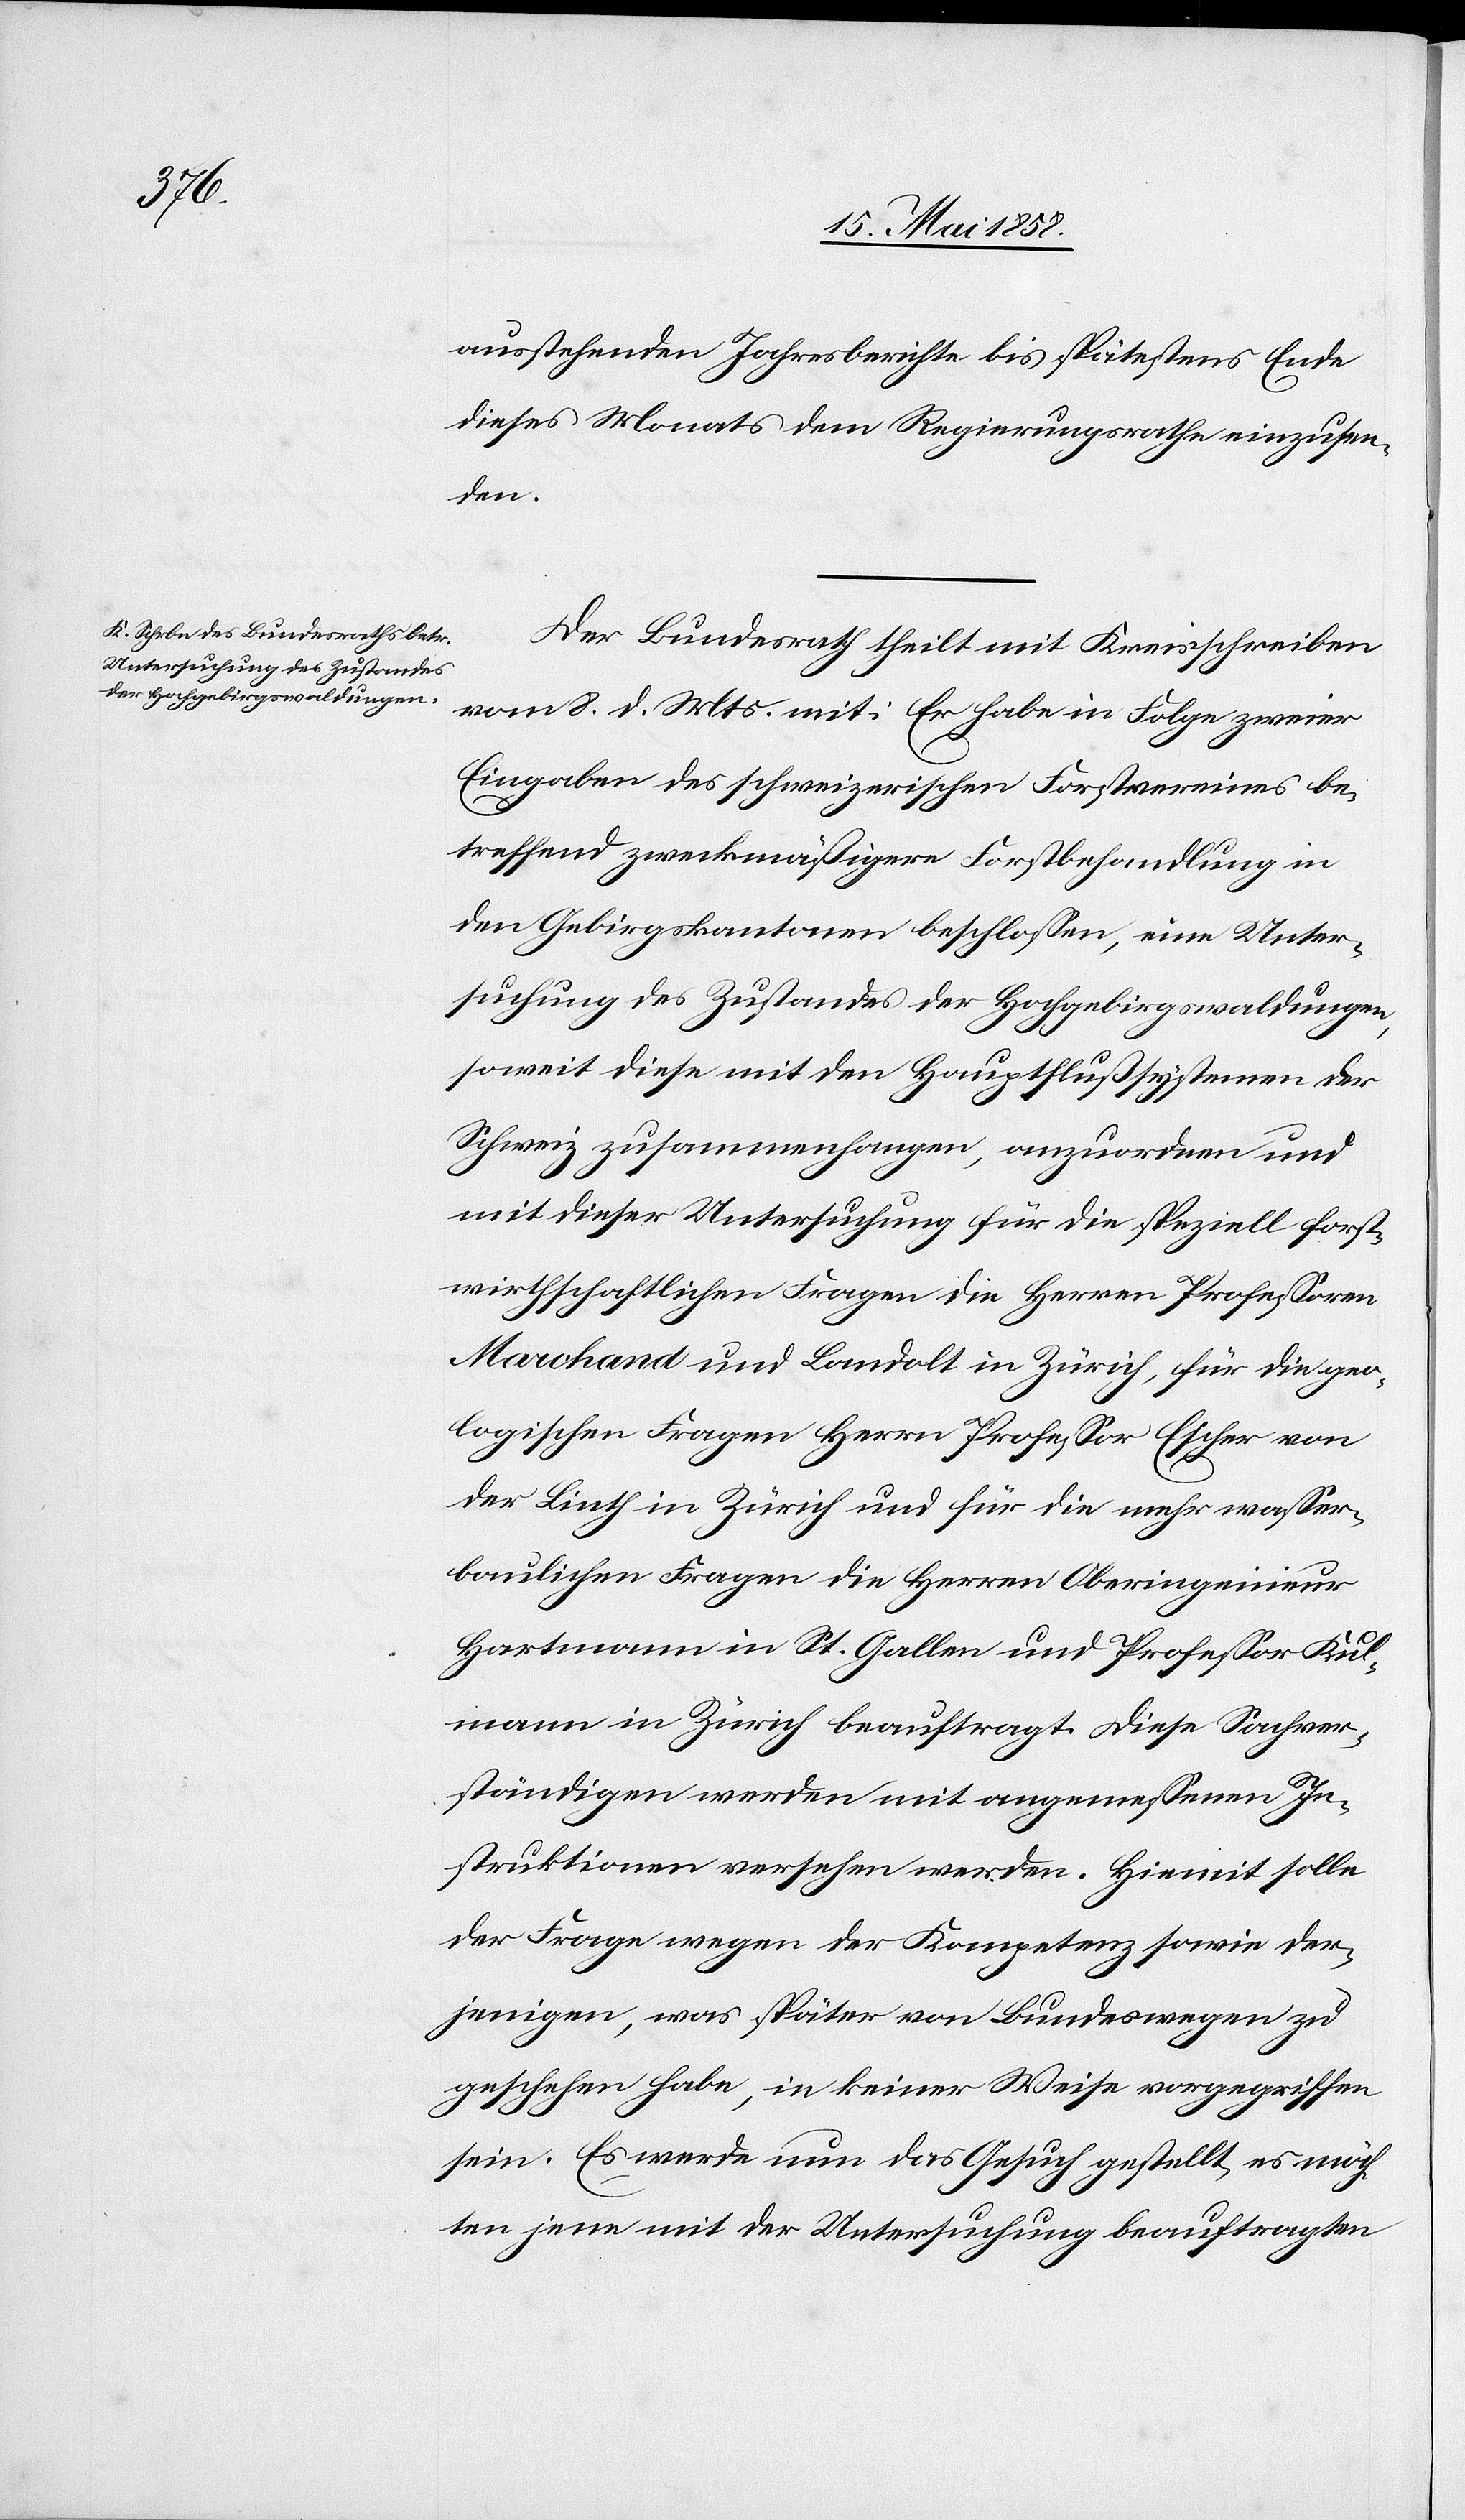
ausstehenden Jahresberichte bis spätestens Ende
dieses Monats dem Regierungsrathe einzusen¬
den.
Der Bundesrath theilt mit Kreisschreiben
vom 8. d. Mts. mit: Er habe in Folge zweier
Eingaben des schweizerischen Forstvereines be¬
treffend zweckmäßigere Forstbehandlung in
den Gebirgskantonen beschlossen, eine Unter¬
suchung des Zustandes der Hochgebirgswaldungen,
soweit diese mit den Hauptflußsystemen der
Schweiz zusammenhangen, anzuordnen und
mit dieser Untersuchung für die speziell forst¬
wirthschaftlichen Fragen die Herren Professoren
Marohand und Landolt in Zürich, für die geo¬
logischen Fragen Herrn Professor Escher von
der Linth in Zürich und für die mehr wasser¬
baulichen Fragen die Herren Oberingenieur
Hartmann in St. Gallen und Professor Kul¬
mann in Zürich beauftragt. Diese Sachver¬
ständigen werden mit angemessenen In¬
struktionen versehen werden. Hiemit solle
der Frage wegen der Kompetenz sowie der¬
jenigen, was später von Bundeswegen zu
geschehen habe, in keiner Weise vorgegriffen
sein. Es werde nun das Gesuch gestellt, es möch¬
ten jene mit der Untersuchung beauftragten